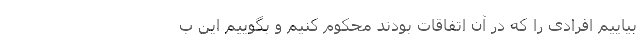
بیاییم افرادی را که در آن اتفاقات بودند محکوم کنیم و بگوییم این ب